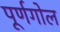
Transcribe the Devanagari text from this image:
पूर्णगोल